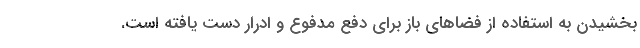
بخشیدن به استفاده از فضاهای باز برای دفع مدفوع و ادرار دست یافته است.